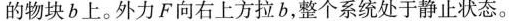
的物块b上。外力F向右上方拉b，整个系统处于静止状态。